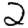
Digit: 2